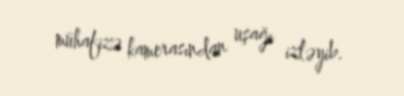
mühafizə kamerasından uşağı izləyib.